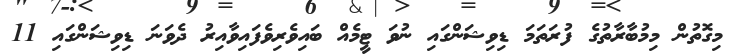
މިގޮތުން މިމުބާރާތުގެ ފުރަތަމަ ޑިވިޝަންގައި ނުވަ ޓީމެއް ބައިވެރިވެފައިވާއިރު ދެވަނަ ޑިވިޝަންގައި 11